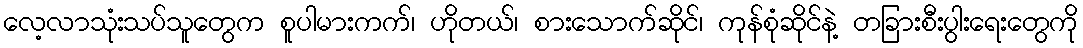
လေ့လာသုံးသပ်သူတွေက စူပါမားကက်၊ ဟိုတယ်၊ စားသောက်ဆိုင်၊ ကုန်စုံဆိုင်နဲ့ တခြားစီးပွါးရေးတွေကို